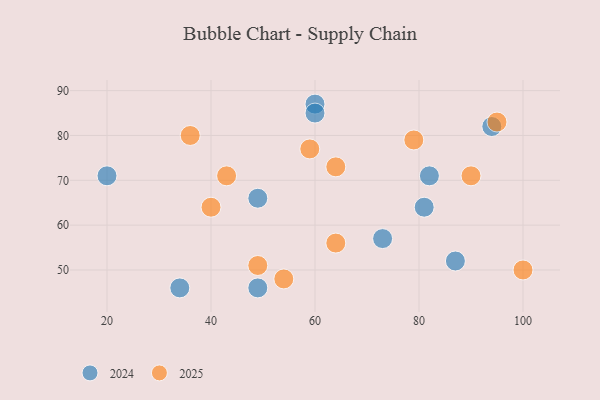
{"axis": {"x": "GDP", "y": "Life Expectancy"}, "legend": ["2024", "2025"], "data": [{"x": "64", "y": 56, "type": "2025"}, {"x": "95", "y": 83, "type": "2025"}, {"x": "49", "y": 51, "type": "2025"}, {"x": "43", "y": 71, "type": "2025"}, {"x": "64", "y": 73, "type": "2025"}, {"x": "79", "y": 79, "type": "2025"}, {"x": "40", "y": 64, "type": "2025"}, {"x": "54", "y": 48, "type": "2025"}, {"x": "36", "y": 80, "type": "2025"}, {"x": "59", "y": 77, "type": "2025"}, {"x": "100", "y": 50, "type": "2025"}, {"x": "90", "y": 71, "type": "2025"}, {"x": "94", "y": 82, "type": "2024"}, {"x": "60", "y": 87, "type": "2024"}, {"x": "49", "y": 66, "type": "2024"}, {"x": "73", "y": 57, "type": "2024"}, {"x": "49", "y": 46, "type": "2024"}, {"x": "20", "y": 71, "type": "2024"}, {"x": "81", "y": 64, "type": "2024"}, {"x": "82", "y": 71, "type": "2024"}, {"x": "87", "y": 52, "type": "2024"}, {"x": "60", "y": 85, "type": "2024"}, {"x": "34", "y": 46, "type": "2024"}]}